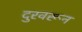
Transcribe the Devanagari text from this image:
दुरवरून